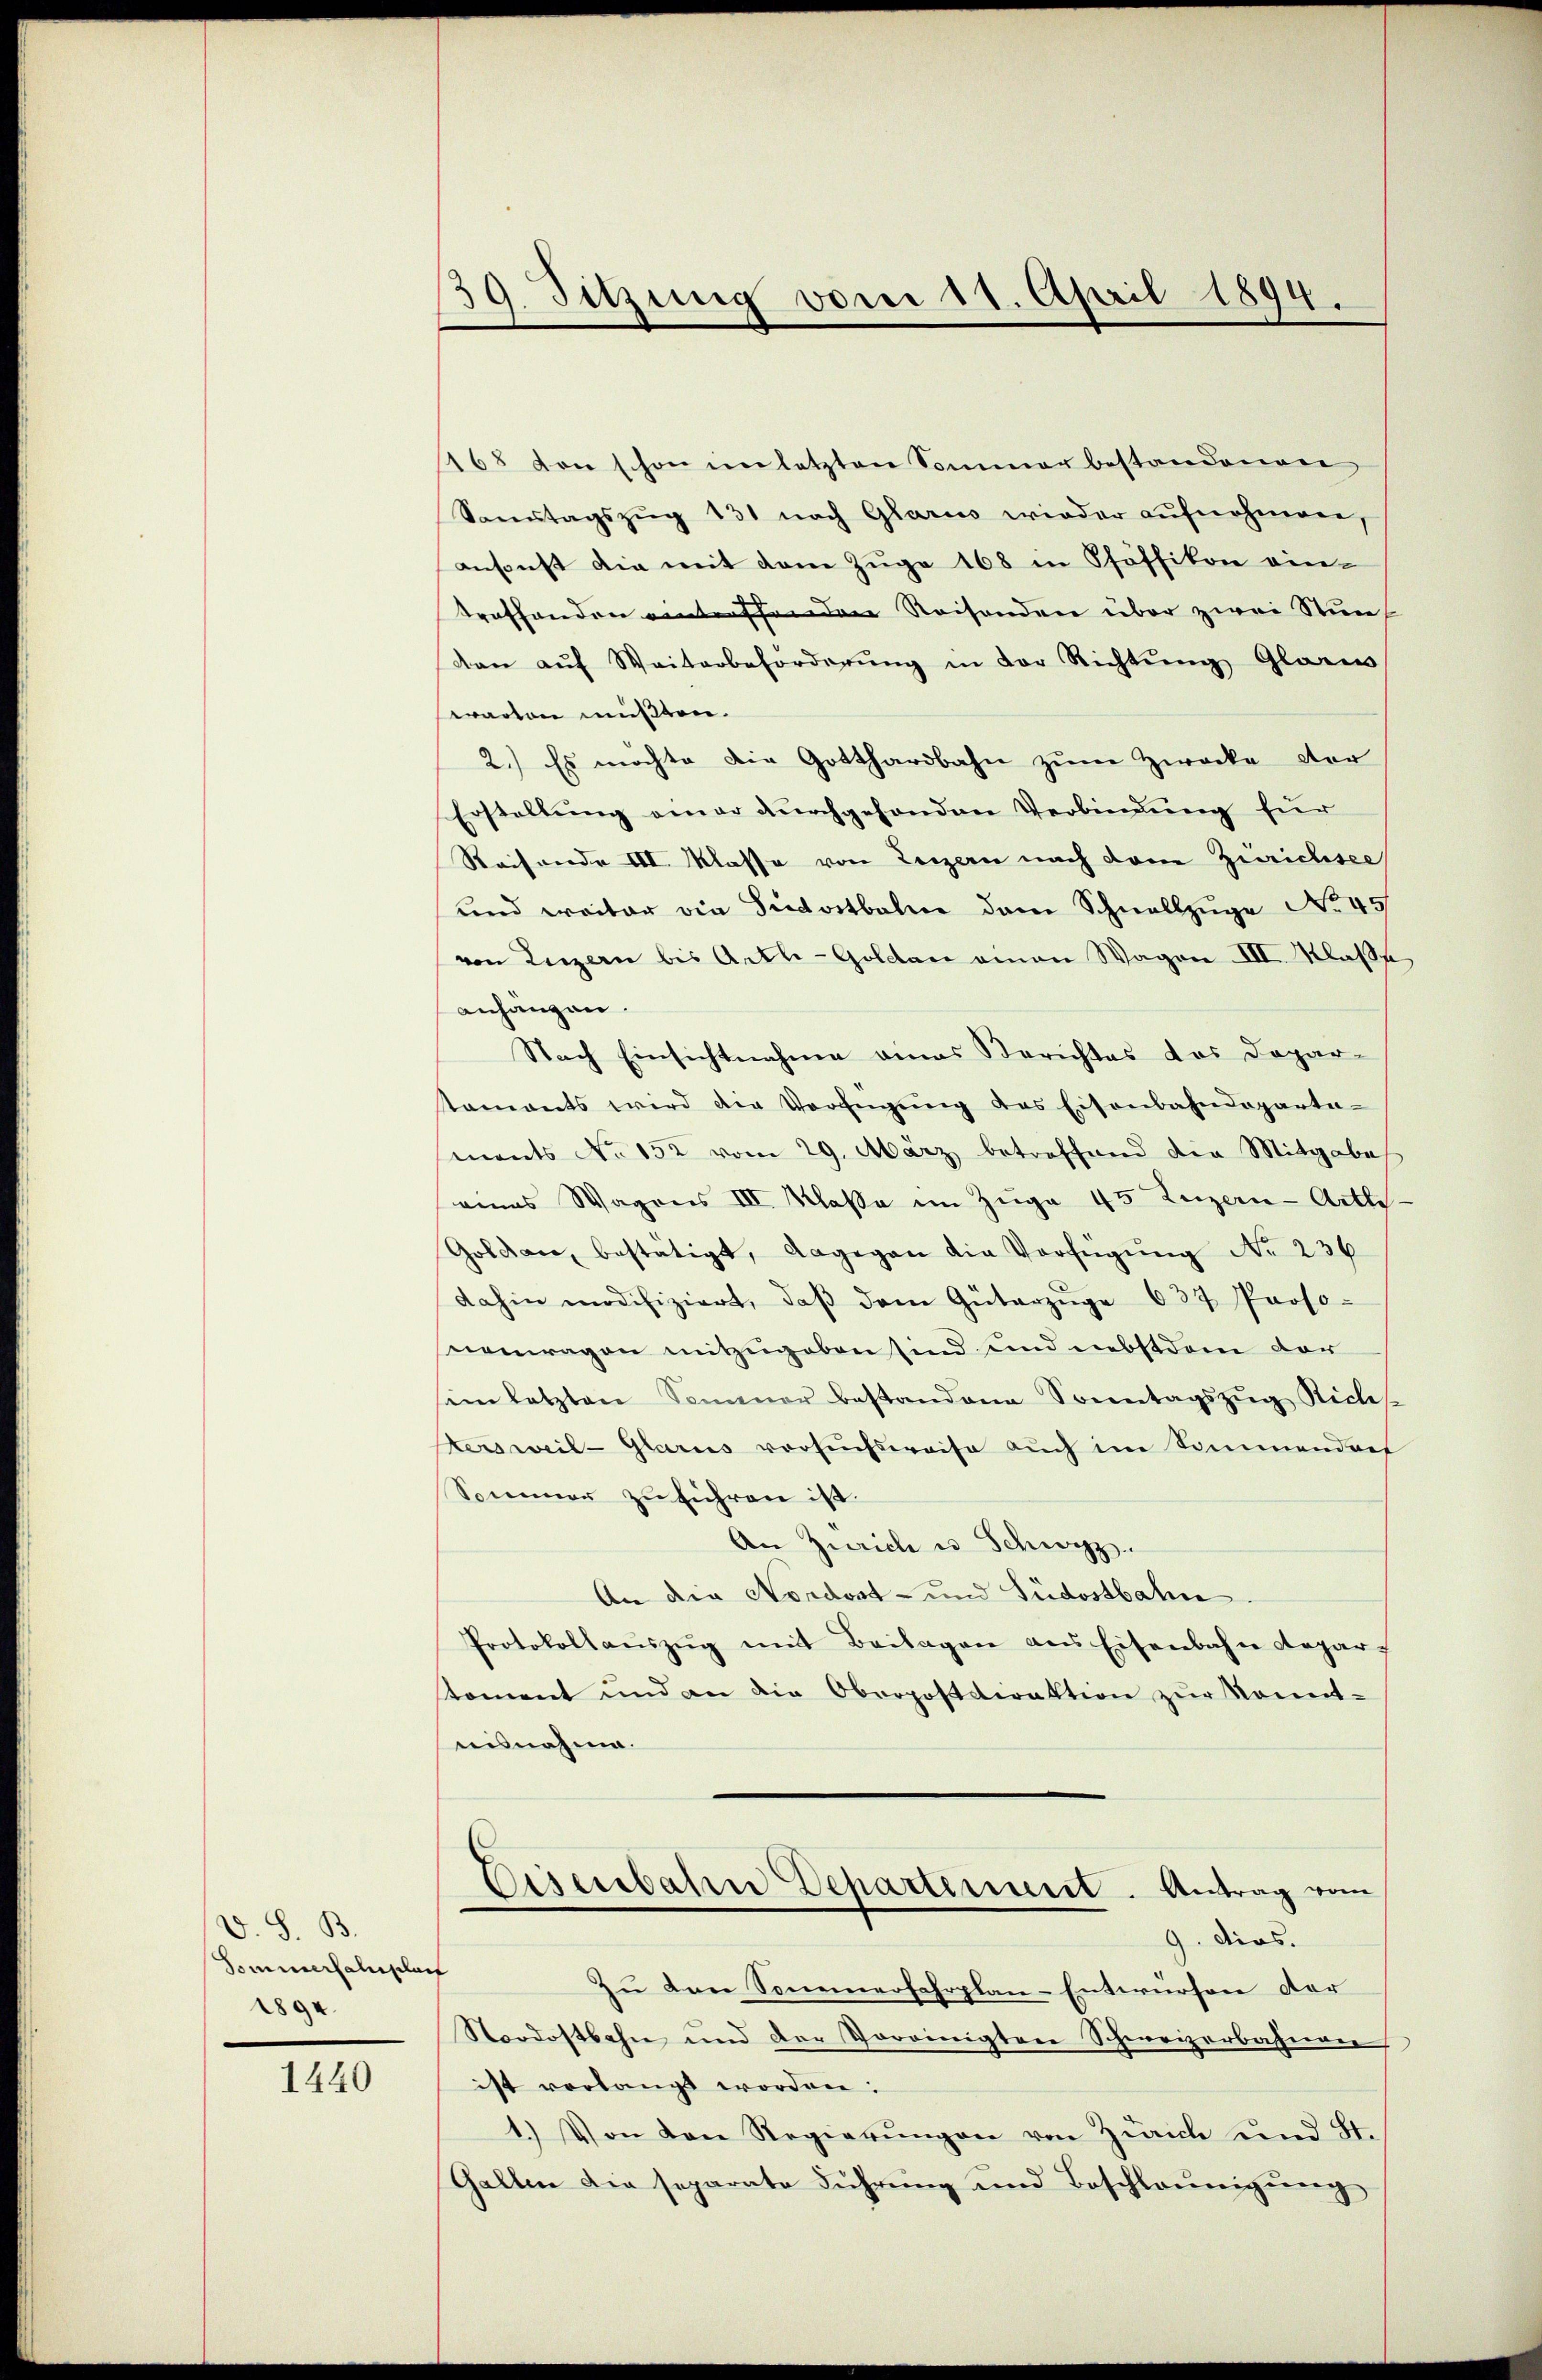
V. S. B.
Sominersalislauf
1894.

1440

19. Sitzung vom 11. April 1894.
.

168 von schon im letzten Sommer bestandenen
Sonntagszug 131 nach Glarus wieder aufnehmene,
ansonst die mit dem Zuge 168 in Pfäffikon ein-
troffenden eintreffenden Reisenden über zwei Stun
dan aŭf Weiterbeförderŭng in der Richtung Glaren
earten müßten.
2.) Es möchte die Gotthardbahn zum Zwecke der
Erstellung einer durchgesonden Verbindung für
Reisende III. Klasse von Luzern nach dann Zürichsee
und weiter die Südostbahne dem Schnellzüge No 45
von Luzern bis Arth-Goldau amon Wagen III. Klaße
anhängen.
Nach Einsichtnahme eines Berichtes das Dopar-
staments wird die Verfügŭng des Eisenbahndeparta-
ments No 152 vom 29. März betreffend die Mitgabe
eines Wagons III. Klaße im Zuge 45 Luzern-Arths.
Goldau, bestätigt, dagegen die Verfügung No 236
dahin modifiziert, daβ dem Güterzŭge 637 Proso-
nemragen mitzugeben sind und nebstdem der
sein letzten Sommer bestandene Sonntagszŭg Rich
ersweil-Glarus versuchsweise aŭch im Sommendres
Sommer zŭführen ist.
An Zürich u. Schwyz.
An die Nordost- und Südostbahn.
Protokollaŭszŭg mit Beilagen ans Eisenbahndepar-
koment und an die Oberpostdirektion zŭr konnt-
ausnahme.
Eisenbahn Departement. Antrag vom
9. dies.
Zu den Sonemerfahrplan-Entwürfen der
Nordostbahn und der Voreinigten Schweizerbahnen
ist verlangt worden:
1.) Von den Regierŭngen von Zürich und St.
Gallen die separate Führung und Beschleunigung